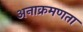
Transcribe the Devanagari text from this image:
अनाक्रमणता